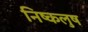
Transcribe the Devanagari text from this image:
निष्कलुष